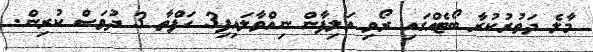
މާލެ ދަތުރުކުރާ ބޯޓެއްގައި ރޯވި އަލިފާން ނިއްވާލައިފި3 ހަފްތާ 3 ދުވަސް ކުރިން.